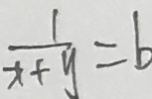
\frac { 1 } { x + y } = b